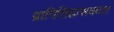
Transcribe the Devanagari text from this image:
प्रागितिहासकाल